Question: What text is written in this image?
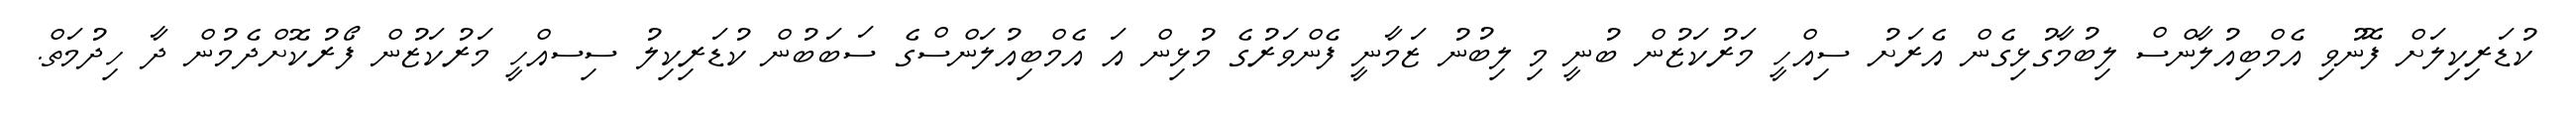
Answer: ކުޑަރިކިލަށް ފޮނުވި އެމްބިއުލާންސް ލިބުމާގުޅިގެން އެރަށު ސިއްހީ މަރުކަޒުން ބުނީ މި ލިބުނު ޒަމާނީ ފެންވަރުގެ މުޅިން އަ އެމްބިއުލަންސްގެ ސަބަބުން ކުޑަރިކިލު ސިސއްހީ މަރުކަޒުން ފޯރުކޮށްދެމުން ދާ ހިދުމަތް.